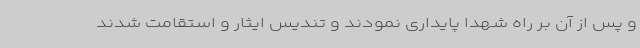
و پس از آن بر راه شهدا پایداری نمودند و تندیس ایثار و استقامت شدند